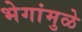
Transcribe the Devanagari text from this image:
भेगांमुळे